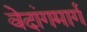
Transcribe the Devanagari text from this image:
वेदांगमार्ग